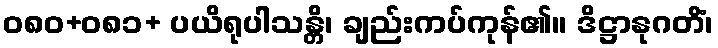
ဝ၈၀+၀၈၁+ ပယိရုပါသန္တိ၊ ချည်းကပ်ကုန်၏။ ဒိဋ္ဌာနုဂတိံ၊